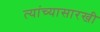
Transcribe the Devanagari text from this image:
त्यांच्यासारखी